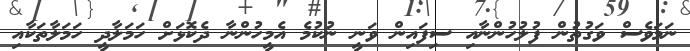
ނަމަވެސް ވަގުތުން ފުލުހުންނާއި ސިފައިން ވަނީ ނުކުމެ އެމީހުންނާ ދެކޮޅަށް ހަމަލާދީ ހަމަލާތަކާއި